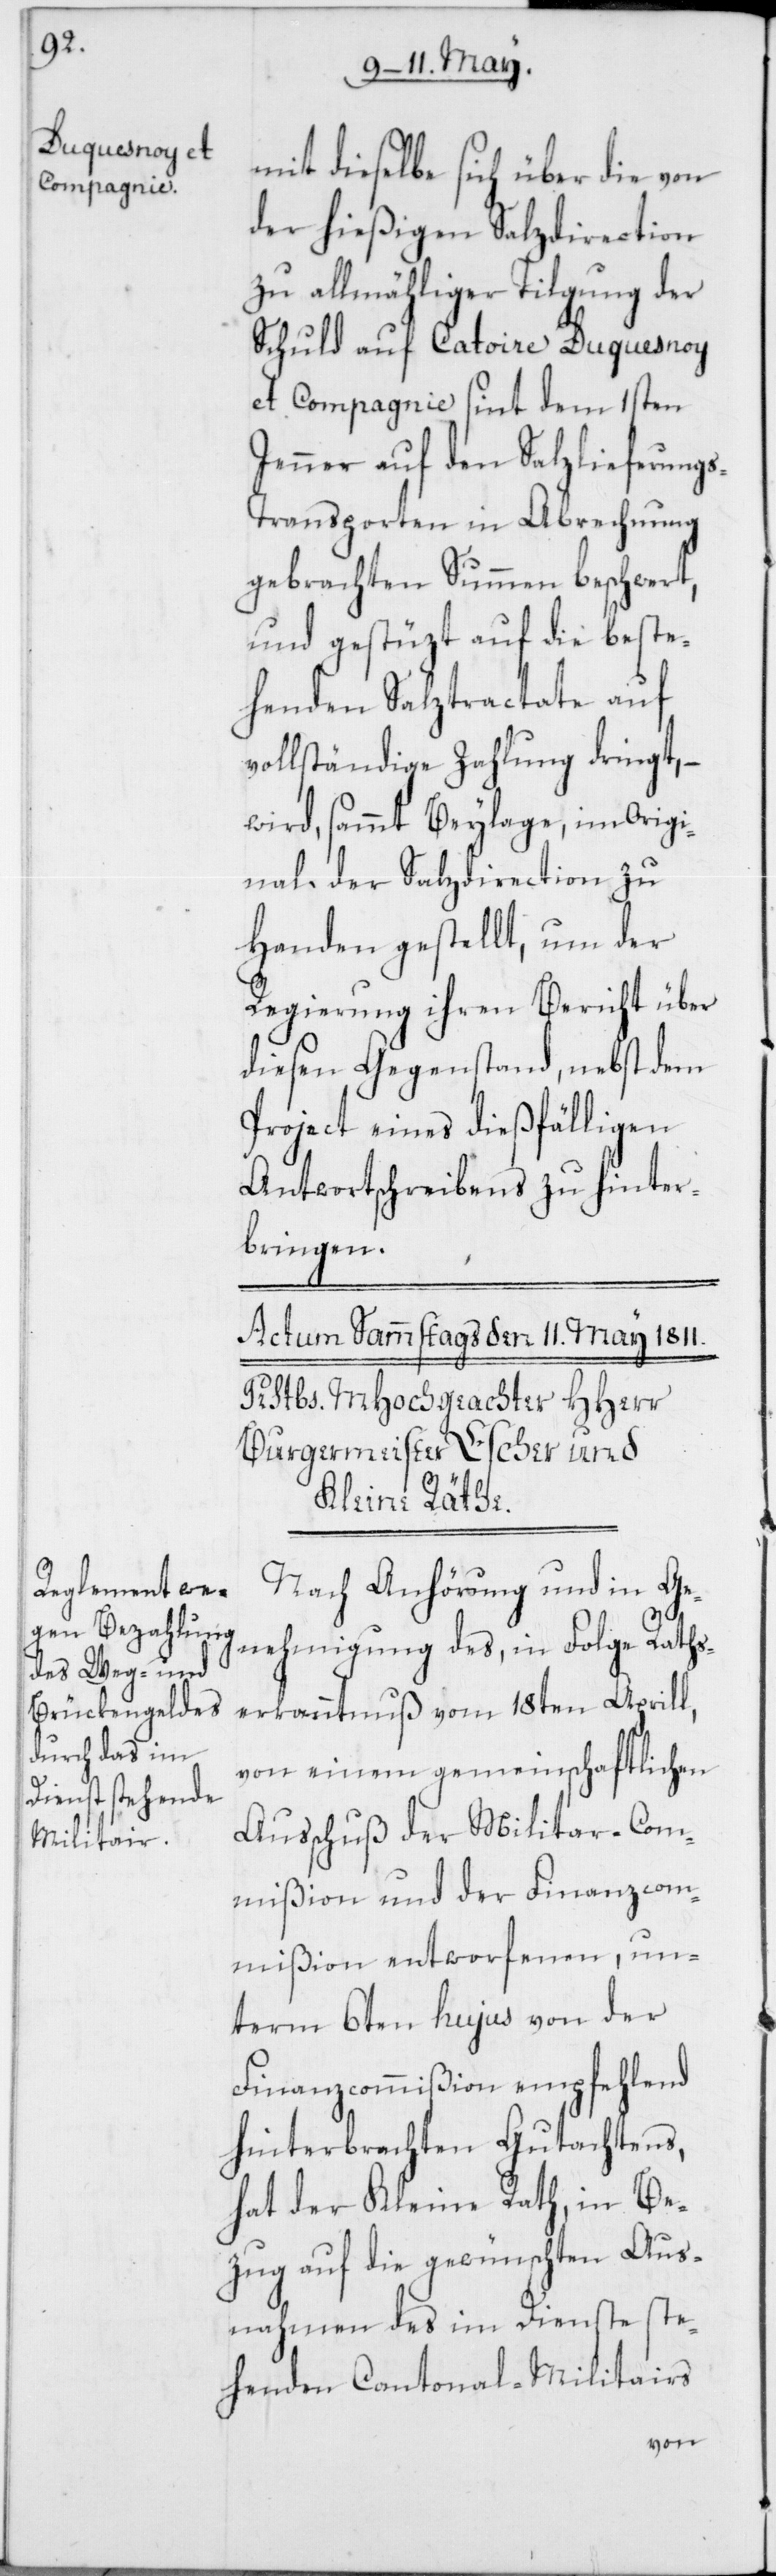
mit dieselbe sich über die von
der hießigen Salzdirection
zu allmähliger Tilgung der
Schuld auf Catoire Duquesnoy
et Compagnie sint dem 1sten
Jenner auf den Salzlieferung¬
s-Transporten in Abrechnung
gebrachten Summen beschwert,
und gestüzt auf die beste¬
henden Salztractate auf
vollständige Zahlung dringt,
wird, sammt Beylage, im Origi¬
nal der Salzdirection zu
Handen gestellt, um der
Regierung ihren Bericht über
diesen Gegenstand, nebst dem
Project eines dießfälligen
Antwortschreibens zu hinter¬
bringen.
Nach Anhörung und in Ge¬
nehmigung des, in Folge Raths¬
erkanntnuß vom 18ten Aprill,
von einem gemeinschaftlichen
Ausschuß der Militar-Com¬
mißion und der Finanzcom¬
mißion entworfenen, un¬
term 6ten hujus von der
Finanzcommißion empfehlend
hinterbrachten Gutachtens,
hat der Kleine Rath, in Be¬
zug auf die gewünschten Aus¬
nahmen des im Dienste ste¬
henden Cantonal-Militairs